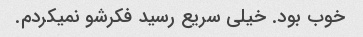
خوب بود. خیلی سریع رسید فکرشو نمیکردم.